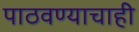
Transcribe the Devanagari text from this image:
पाठवण्याचाही